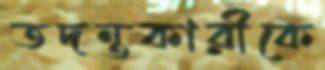
তদন্তকারীকে